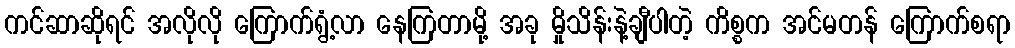
ကင်ဆာဆိုရင် အလိုလို ကြောက်ရွံ့လာ နေကြတာမို့ အခု မှိုသိန်းနဲ့ချီပါတဲ့ ကိစ္စက အင်မတန် ကြောက်စရာ